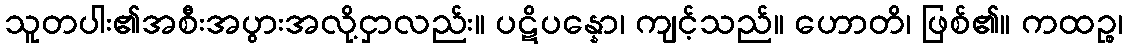
သူတပါး၏အစီးအပွားအလို့ငှာလည်း။ ပဋိပန္နော၊ ကျင့်သည်။ ဟောတိ၊ ဖြစ်၏။ ကထဉ္စ၊